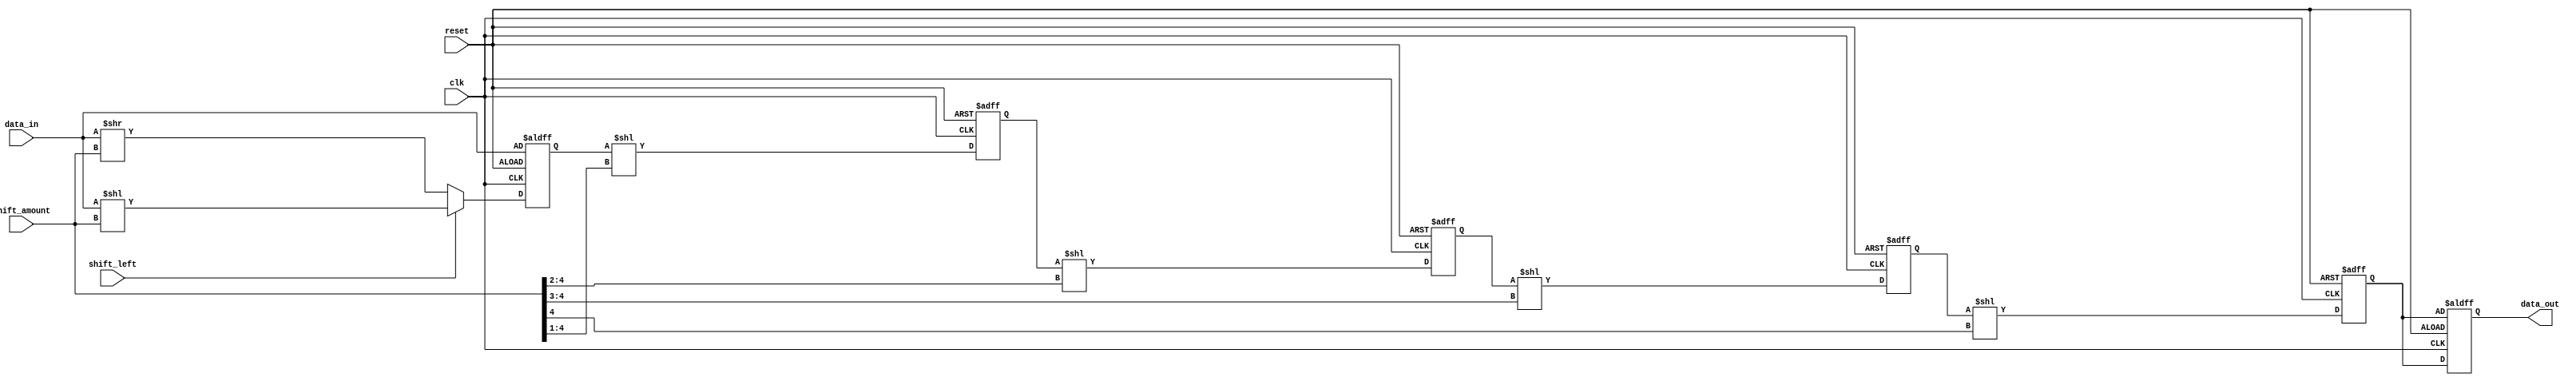
module barrel_shifter (
    input wire clk,
    input wire reset,
    input wire [31:0] data_in,
    input wire shift_left,
    input wire [4:0] shift_amount,
    output reg [31:0] data_out
);

// Define internal signals and registers
reg [31:0] stage_data [4:0]; // Array to store shifted data in each stage

// Initial stage
always @(posedge clk or posedge reset) begin
    if (reset) begin
        stage_data[0] <= data_in;
    end else begin
        if (shift_left) begin
            stage_data[0] <= data_in << shift_amount;
        end else begin
            stage_data[0] <= data_in >> shift_amount;
        end
    end
end

// Intermediate stages
genvar i;
generate
    for (i = 1; i < 5; i = i + 1) begin
        always @(posedge clk or posedge reset) begin
            if (reset) begin
                stage_data[i] <= 32'd0; // Initialize to 0
            end else begin
                stage_data[i] <= stage_data[i-1] << (shift_amount >> i);
            end
        end
    end
endgenerate

// Final stage
always @(posedge clk or posedge reset) begin
    if (reset) begin
        data_out <= stage_data[4];
    end else begin
        data_out <= stage_data[4];
    end
end

endmodule